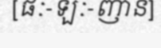
[ផៈ-ឡៈ-ញាន]